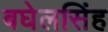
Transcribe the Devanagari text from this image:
बघेलसिंह